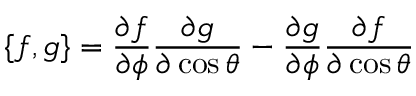
\{ f , g \} = \frac { \partial f } { \partial \phi } \frac { \partial g } { \partial \cos \theta } - \frac { \partial g } { \partial \phi } \frac { \partial f } { \partial \cos \theta }